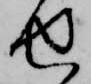
せ